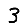
Digit: 3